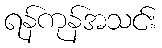
ရန်ကုန်အသင်း